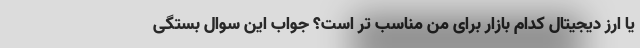
یا ارز دیجیتال کدام بازار برای من مناسب تر است؟ جواب این سوال بستگی